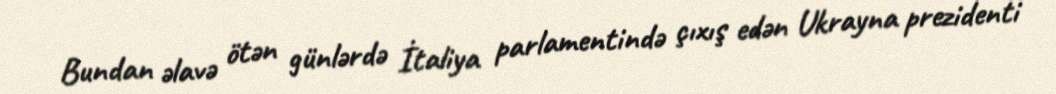
Bundan əlavə ötən günlərdə İtaliya parlamentində çıxış edən Ukrayna prezidenti